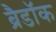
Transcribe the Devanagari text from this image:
ब्रैडॉक